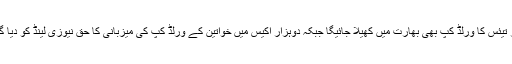
دوہزار تیئس کا ورلڈ کپ بھی بھارت میں کھیلا جائیگا جبکہ دوہزار اکیس میں خواتین کے ورلڈ کپ کی میزبانی کا حق نیوزی لینڈ کو دیا گیا ہے۔